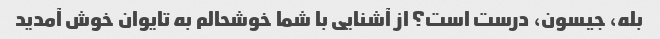
بله، جیسون، درست است؟ از آشنایی با شما خوشحالم به تایوان خوش آمدید